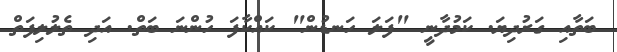
ބަތާއި ގަރުދިޔަ. ކަމުދާނީ "ފަލަ ހަނޑުން" ކައްކާފަ ހުންނަ ބަތް. އަދި ތެލުލިފަތް